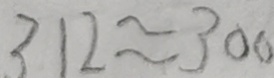
3 1 2 \approx 3 0 0